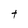
Character: t